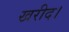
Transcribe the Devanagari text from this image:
खरीद।